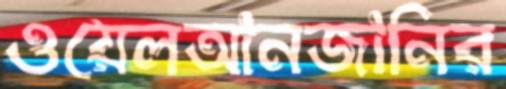
ওয়েলআনজানির